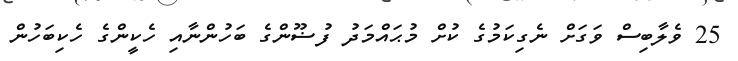
25 ވެލާބިސް ވަގަށް ނެގިކަމުގެ ކުށް މުޙައްމަދު ފުޟޫންގެ ބަހުންނާއި ހެކީންގެ ހެކިބަހުން